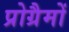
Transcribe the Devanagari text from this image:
प्रोग्रैमों